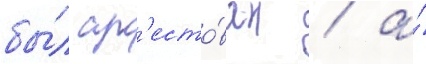
бы́л ар'есто́ван / а́